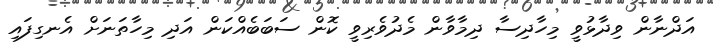
އަދްނާން ވިދާޅުވީ މިހާދިސާ ދިމާވާން މެދުވެރިވީ ކޮން ސަބަބެއްކަން އަދި މިހާތަނަށް އެނގިފައި